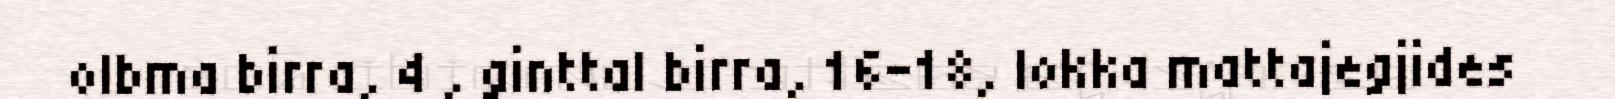
olbma birra, 4 , ginttal birra, 16–18, lokka mattajegjides